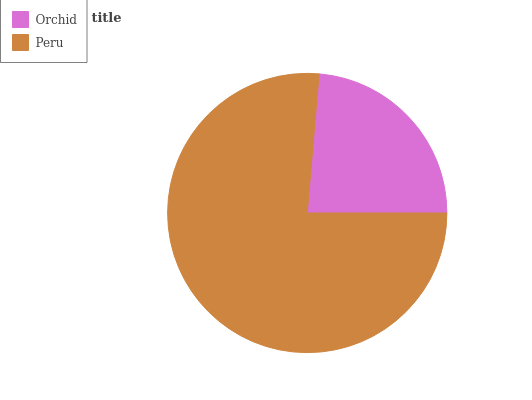
| Orchid | Peru |
 | --- | --- |
 | 23.7% | 76.3% |